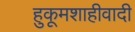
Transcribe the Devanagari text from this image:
हुकूमशाहीवादी